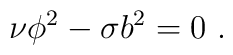
\nu\phi^2-\sigma b^2=0~.